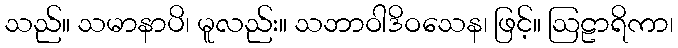
သည်။ သမာနာပိ၊ မူလည်း။ သဘာဝါဒိဝသေန၊ ဖြင့်။ ဩဠာရိကာ၊